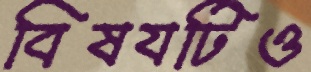
বিষযটিও